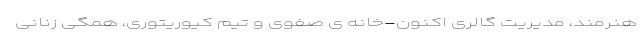
هنرمند، مدیریت گالری اکنون-خانه ی صفوی و تیمِ کیوریتوری، همگی زنانی